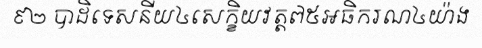
៩២ បាដិទេសនីយ៤សេក្ខិយវត្ត៧៥អធិករណ៤យ៉ាង